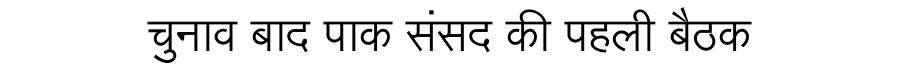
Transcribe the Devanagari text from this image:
चुनाव बाद पाक संसद की पहली बैठक